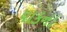
પાકના